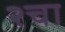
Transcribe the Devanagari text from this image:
२चा